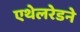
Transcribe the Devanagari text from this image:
एथेलरेडने